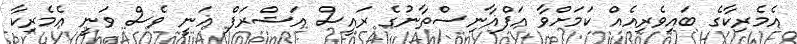
އެމެރިކާގެ ބައިވެރިއެއް ކަމަށްވާ އަފްޣާނިސްތާނުގެ ރައީސް އަޝްރަފް ޣަނީ ވެސް ވަނީ އެމެރިކާ